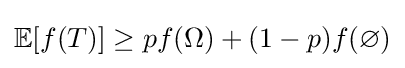
\mathbb {E} [f(T)]\geq pf(\Omega )+(1-p)f(\varnothing )